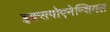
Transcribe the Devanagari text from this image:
इक्सपोएनेन्शियल